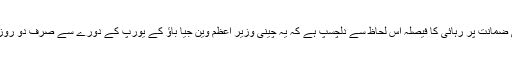
آئی وے وے کی ضمانت پر رہائی کا فيصلہ اس لحاظ سے دلچسپ ہے کہ يہ چينی وزير اعظم وين جيا باؤ کے يورپ کے دورے سے صرف دو روز قبل کيا گيا ہے۔